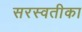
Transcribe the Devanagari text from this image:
सरस्वतीका